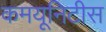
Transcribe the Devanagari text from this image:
कमयूनिटीस